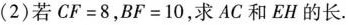
(2)若$$C F = 8 $$，$$B F = 1 0$$，求AC和EH的长.